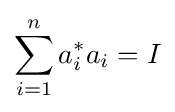
\sum _{i=1}^{n}a_{i}^{*}a_{i}=I